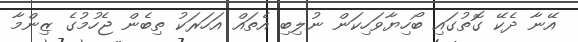
އޭނާ ދެކޭ ގޮތުގައި ބޯހިޔާވަހިކަން ނުލިބި އެތައް އަހަރަކު ތިބެން ޖެހުމުގެ ޒިންމާ